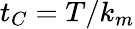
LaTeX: t_{C}=T/k_{m}